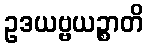
ဥဒယဗ္ဗယဉ္စာတိ